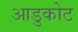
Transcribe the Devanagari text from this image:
आडुकोट